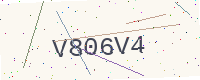
Text: V806V4